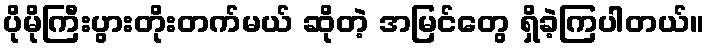
ပိုမိုကြီးပွားတိုးတက်မယ် ဆိုတဲ့ အမြင်တွေ ရှိခဲ့ကြပါတယ်။